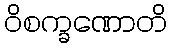
ဝိစက္ခဏောတိ